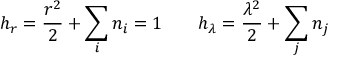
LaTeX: h _ { r } = \frac { r ^ { 2 } } { 2 } + \sum _ { i } n _ { i } = 1 ~ ~ ~ ~ ~ ~ h _ { \lambda } = \frac { \lambda ^ { 2 } } { 2 } + \sum _ { j } n _ { j }